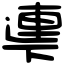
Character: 𠁎